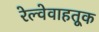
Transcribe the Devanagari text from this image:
रेल्वेवाहतूक